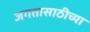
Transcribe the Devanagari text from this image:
जगतासाठीच्या